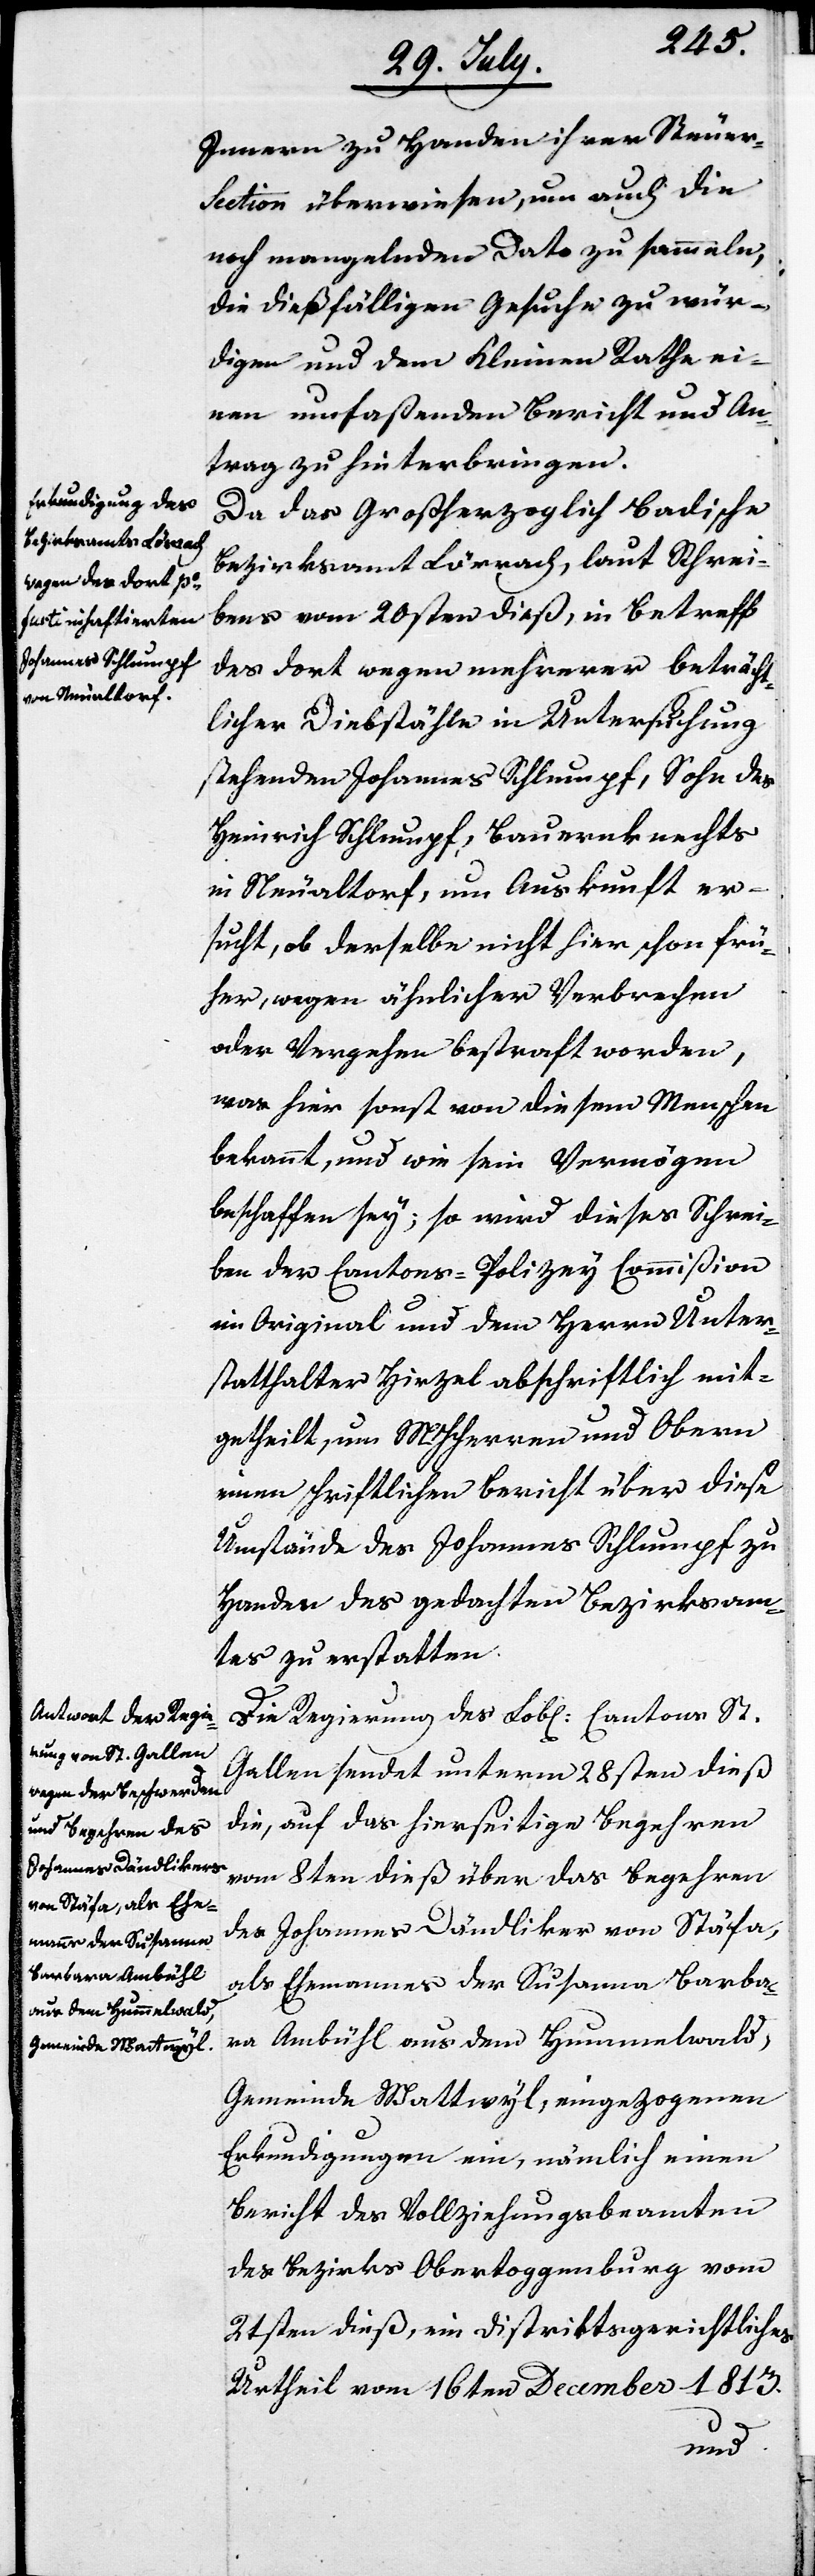
Innern zu Handen ihrer Steuer-S¬
ection überwiesen, um auch die
noch mangelnden Dato zu sammeln,
die dießfälligen Gesuche zu wür¬
digen und dem Kleinen Rath ei¬
nen umfaßenden Bericht und An¬
trag zu hinterbringen.
Da das Großherzoglich Badische
Bezirksamt Lörrach, laut Schrei¬
bens vom 20sten dieß, in Betreff
des dort wegen mehrerer beträcht¬
licher Diebstähle in Untersuchung
stehenden Johannes Schlumpf, Sohn des
Heinrich Schlumpf, Bauernknechts
in Neualtorf, um Auskunft er¬
sucht, ob derselbe nicht hier schon frü¬
her, wegen ähnlicher Verbrechen
oder Vergehen bestraft worden,
was hier sonst von diesem Menschen
bekannt, und wie sein Vermögen
beschaffen sey; so wird dieses Schrei¬
ben der Cantons-Polizey-Commißion
im Original und dem Herrn Unter¬
statthalter Hirzel abschriftlich mit¬
getheilt, um MHHerren und Obern
einen schriftlichen Bericht über diese
Umstände des Johannes Schlumpf zu
Handen des gedachten Bezirksam¬
tes zu erstatten.
Die Regierung des Lobl. Cantons St.
Gallen sendet unterm 28sten dieß
die, auf das hierseitige Begehren
vom 8ten dieß über das Begehren
des Johannes Dändlikers von Stäfa,
als Ehemanns der Susanna Barba¬
ra Ambühl aus dem Hummelwald,
Gemeinde Wattwyl, eingezogenen
Erkundigungen ein, nämlich einen
Bericht des Vollziehungsbeamten
des Bezirks Obertoggenburg vom
21sten dieß, ein Distriktsgerichtliches
Urtheil vom 16ten December 1813.